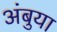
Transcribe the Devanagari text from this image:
अंबुया